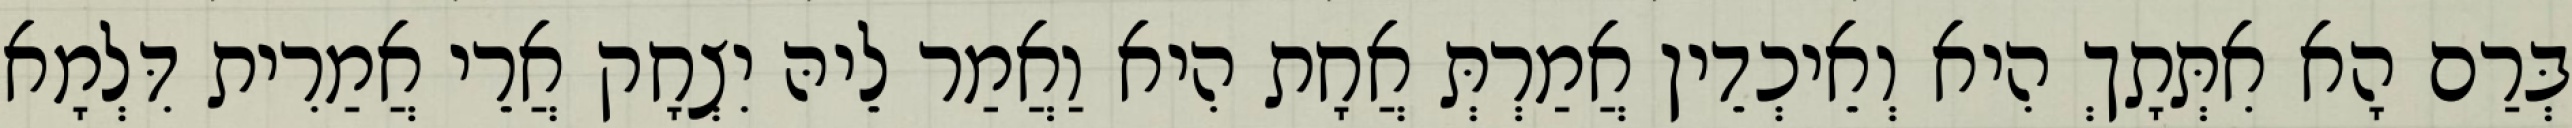
בְּרַם הָא אִתְּתָךְ הִיא וְאֵיכְדֵין אֲמַרְתְּ אֲחָת הִיא וַאֲמַר לֵיהּ יִצְחָק אֲרֵי אֲמַרִית דִּלְמָא